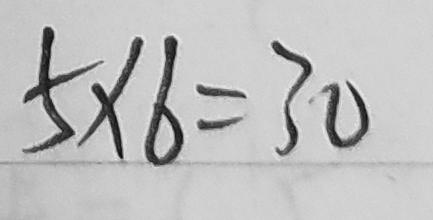
5 \times 6 = 3 0